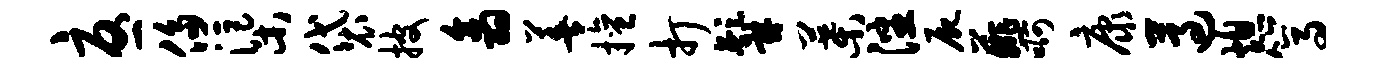
忧侈渠袋披翕善擅打髯叶潘尸薤啊康遵熄篙